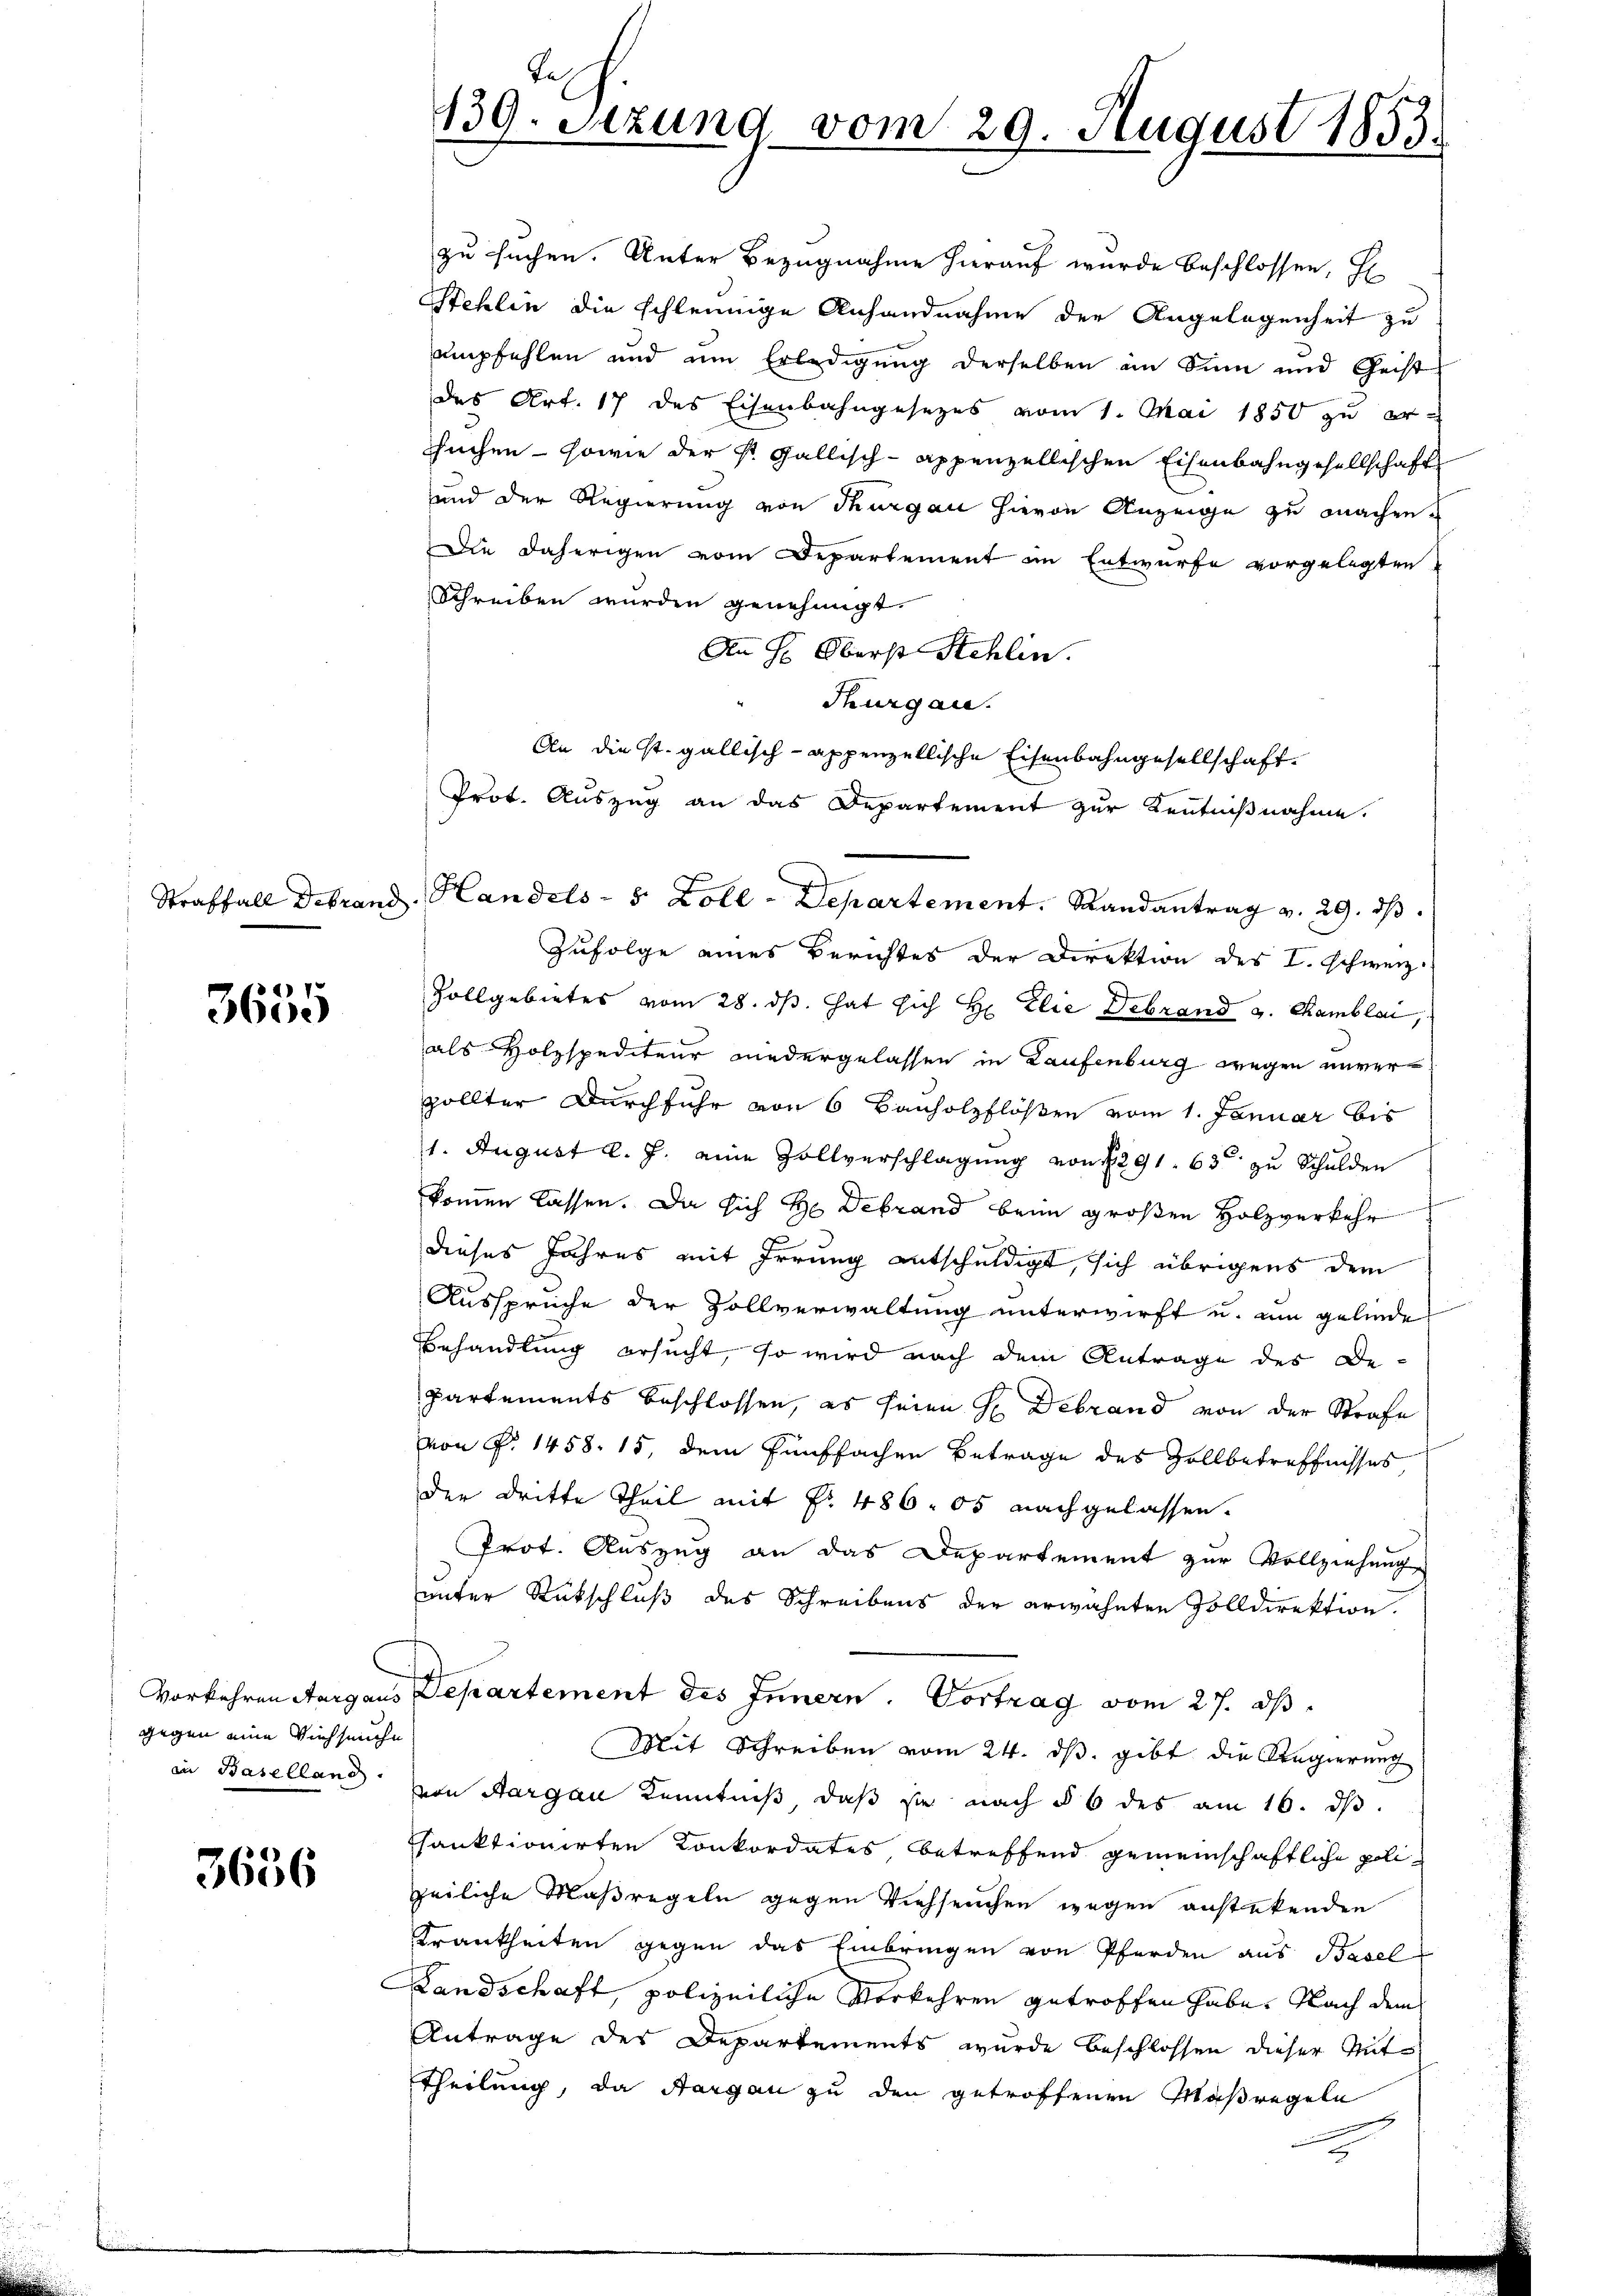
3655

gegen eine Viehseuche
in Basellang.

3656

Tas
139. Setzung vom 29. August 1883.

zu suchen. Unter Bezugnahme hierauf wurde beschlossen, H
Stehlin die schleunige Anhandnahme der Angelegenheit zu
empfehlen und um Erledigung derselben an Sinn und Geist
des Art. 17 des Eisenbahngesezes vom 1. Mai 1850 zu er¬
Suchen - sowie der St. Gallisch-Appenzellischen Eisenbahngesellschaft
und der Regierung von Thurgau hievon Anzeige zu machen¬
Die daherigen vom Departement im Entwurfe vorgelegten
Schreiben wurden genehmigt.
An H: Oberst Schlin.
Thurgau.
An die st. gallisch-Appenzellische Eisenbahngesellschaft.
Zufolge eines Berichtes der Direktion des I. schweiz.
Zollgebietes vom 28. ds. hat sich H. Elie Debrand v. Kamblai,
als Holzspediteur niedergelassen in Laufenburg wegen unverzollter Durchfuhr von 6 Bauholzflößen vom 1. Januar bis
1. August l. J. eine Zollverschlagung von 1291. 63 zu Schulden
kommen lassen. Da sich H. Debrand beim großen Holzverkehr
e
dieses Jahres mit Irrung entschuldigt, sich übrigens dem
Ausspruche der Zollverwaltung unterwirft u. um gelinde
Behandlung ersucht, so wird nach dem Antrage des Departements beschlossen, es seien H Debrand von der Strafe
von P. 1458. 15, dem fünffachen Betrage des Zollbetreffnisses,
der Dritte Theil mit No. 486. 05 nachgelassen.
Prot. Auszug an das Departement zur Vollziehung
unter Rutschluß des Schreibens der erwähnten Zolldirektion.
Vorkehren Aargaus Departement des Innern. Vortrag vom 27. ds.
Mit Schreiben vom 24. ds. gibt die Regierung
von Aargau Kenntniß, daß sie nach § 6 des am 16. ds.
chanktionirten Konkordates, betreffend gemeinschaftliche polizeiliche Maßregeln gegen Viehseuchen wegen anstetenden
Krankheiten gegen das Einbringen von Pferden aus Basel
Landschaft, polizeiliche Vorkehren getroffen habe. Nach dem
Antrage des Departements wurde beschlossen dieser Mit¬
Theilung, da Aargau zu den getroffenen Maßregeln
x
.

Prot. Auszug an das Departement zur Kenntnißnahme.
Straffall Debrand, Handels- 5 Zoll - Departement. Randantrag v. 29. dβ.